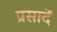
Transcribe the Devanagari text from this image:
प्रसादें